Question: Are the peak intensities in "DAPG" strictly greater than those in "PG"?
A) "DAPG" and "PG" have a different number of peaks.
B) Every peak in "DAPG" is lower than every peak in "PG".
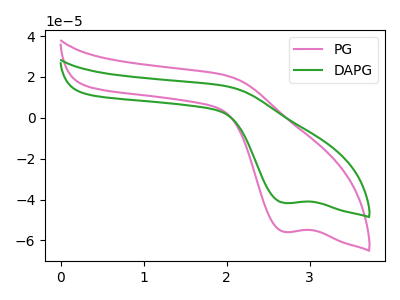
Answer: <think>The pink curve "PG" has a cathodic peak at: (2.70V, -55.80uA). The green curve "DAPG" has a cathodic peak at: (2.70V, -41.70uA).</think>
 <answer>B) Every peak in "DAPG" is lower than every peak in "PG".</answer>
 <eval>B</eval>